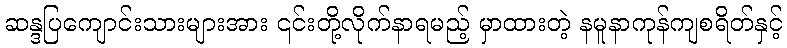
ဆန္ဒပြကျောင်းသားများအား ၎င်းတို့လိုက်နာရမည့် မှာထားတဲ့ နမူနာကုန်ကျစရိတ်နှင့်